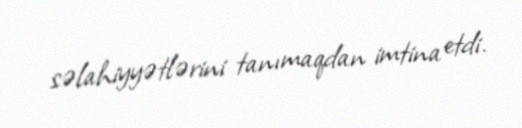
səlahiyyətlərini tanımaqdan imtina etdi.